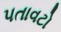
પતાવટો